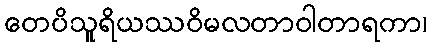
တေပိသူရိယဿဝိမလတာဝါတာရကာ၊